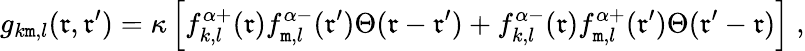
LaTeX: g_{k\mathtt{m},l}(\mathfrak{r},\mathfrak{r}^{\prime})=\kappa\left[f_{k,l}^{\alpha+}(\mathfrak{r})f_{\mathtt{m},l}^{\alpha-}(\mathfrak{r}^{\prime})\Theta(\mathfrak{r}-\mathfrak{r}^{\prime})+f_{k,l}^{\alpha-}(\mathfrak{r})f_{\mathtt{m},l}^{\alpha+}(\mathfrak{r}^{\prime})\Theta(\mathfrak{r}^{\prime}-\mathfrak{r})\right]\; ,